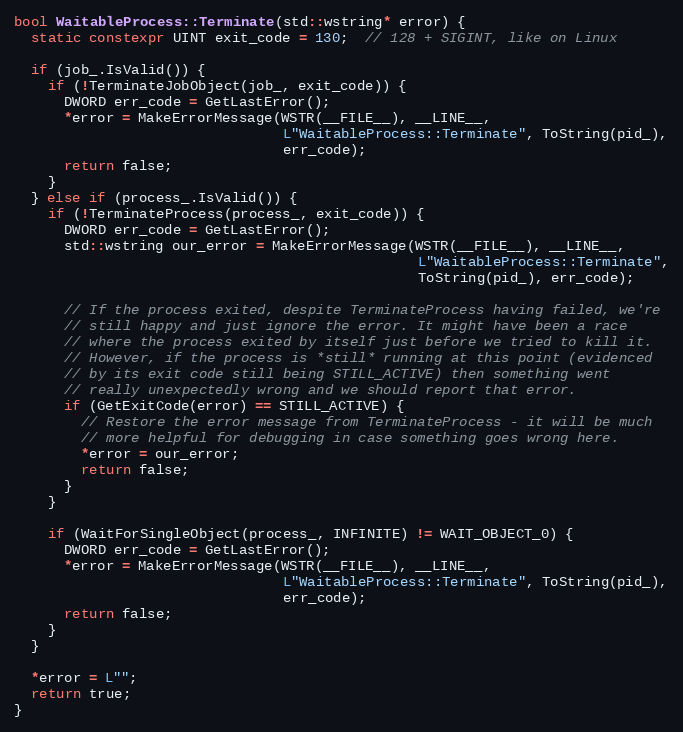
Language: C++
bool WaitableProcess::Terminate(std::wstring* error) {
  static constexpr UINT exit_code = 130;  // 128 + SIGINT, like on Linux

  if (job_.IsValid()) {
    if (!TerminateJobObject(job_, exit_code)) {
      DWORD err_code = GetLastError();
      *error = MakeErrorMessage(WSTR(__FILE__), __LINE__,
                                L"WaitableProcess::Terminate", ToString(pid_),
                                err_code);
      return false;
    }
  } else if (process_.IsValid()) {
    if (!TerminateProcess(process_, exit_code)) {
      DWORD err_code = GetLastError();
      std::wstring our_error = MakeErrorMessage(WSTR(__FILE__), __LINE__,
                                                L"WaitableProcess::Terminate",
                                                ToString(pid_), err_code);

      // If the process exited, despite TerminateProcess having failed, we're
      // still happy and just ignore the error. It might have been a race
      // where the process exited by itself just before we tried to kill it.
      // However, if the process is *still* running at this point (evidenced
      // by its exit code still being STILL_ACTIVE) then something went
      // really unexpectedly wrong and we should report that error.
      if (GetExitCode(error) == STILL_ACTIVE) {
        // Restore the error message from TerminateProcess - it will be much
        // more helpful for debugging in case something goes wrong here.
        *error = our_error;
        return false;
      }
    }

    if (WaitForSingleObject(process_, INFINITE) != WAIT_OBJECT_0) {
      DWORD err_code = GetLastError();
      *error = MakeErrorMessage(WSTR(__FILE__), __LINE__,
                                L"WaitableProcess::Terminate", ToString(pid_),
                                err_code);
      return false;
    }
  }

  *error = L"";
  return true;
}